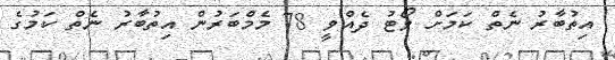
އިތުބާރު ނެތް ކަމަށް ވޯޓު ދެއްވީ 78 މެމްބަރުން އިތުބާރު ނެތް ކަމުގެ